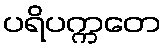
ပရိပက္ကတေ